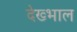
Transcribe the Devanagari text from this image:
देख्भाल